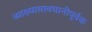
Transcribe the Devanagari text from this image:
व्याख्यासावधानीपूर्वक